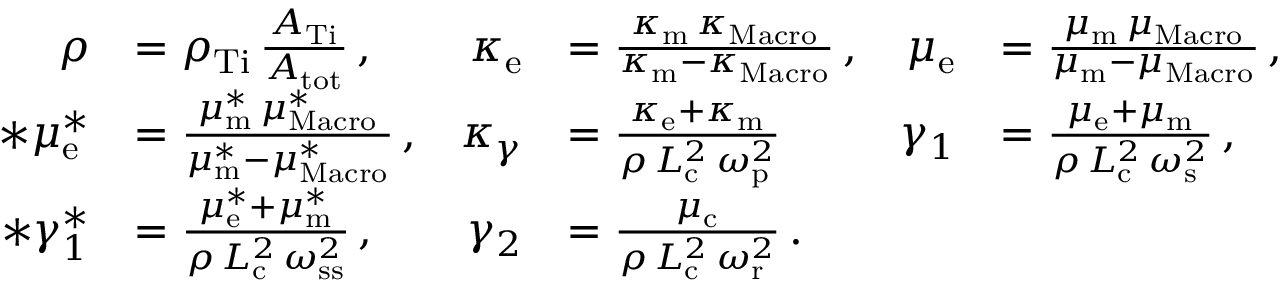
\begin{array} { r l r l r l } { \rho } & { = \rho _ { \mathrm { T i } } \, \frac { A _ { \mathrm { T i } } } { A _ { \mathrm { t o t } } } \, , } & { \kappa _ { \mathrm { e } } } & { = \frac { \kappa _ { \mathrm { m } } \, \kappa _ { \mathrm { M a c r o } } } { \kappa _ { \mathrm { m } } - \kappa _ { \mathrm { M a c r o } } } \, , } & { \mu _ { \mathrm { e } } } & { = \frac { \mu _ { \mathrm { m } } \, \mu _ { \mathrm { M a c r o } } } { \mu _ { \mathrm { m } } - \mu _ { \mathrm { M a c r o } } } \, , } \\ { * \mu _ { \mathrm { e } } ^ { * } } & { = \frac { \mu _ { \mathrm { m } } ^ { * } \, \mu _ { \mathrm { M a c r o } } ^ { * } } { \mu _ { \mathrm { m } } ^ { * } - \mu _ { \mathrm { M a c r o } } ^ { * } } \, , } & { \kappa _ { \gamma } } & { = \frac { \kappa _ { \mathrm { e } } + \kappa _ { \mathrm { m } } } { \rho \, L _ { \mathrm { c } } ^ { 2 } \, \omega _ { \mathrm { p } } ^ { 2 } } } & { \gamma _ { 1 } } & { = \frac { \mu _ { \mathrm { e } } + \mu _ { \mathrm { m } } } { \rho \, L _ { \mathrm { c } } ^ { 2 } \, \omega _ { \mathrm { s } } ^ { 2 } } \, , } \\ { * \gamma _ { 1 } ^ { * } } & { = \frac { \mu _ { \mathrm { e } } ^ { * } + \mu _ { \mathrm { m } } ^ { * } } { \rho \, L _ { \mathrm { c } } ^ { 2 } \, \omega _ { \mathrm { s s } } ^ { 2 } } \, , } & { \gamma _ { 2 } } & { = \frac { \mu _ { \mathrm { c } } } { \rho \, L _ { \mathrm { c } } ^ { 2 } \, \omega _ { \mathrm { r } } ^ { 2 } } \, . } \end{array}